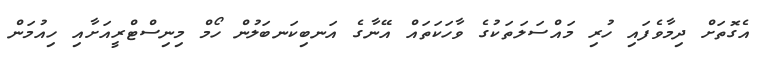
އެގޮތަށް ދިމާވެފައި ހުރި މައްސަލަތަކުގެ ވާހަކަތައް އޭނާގެ އަނބިކަނބަލުން ހޯމް މިނިސްޓްރީއަށާއި ހިއުމަން